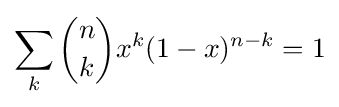
\sum _{k}{n \choose k}x^{k}(1-x)^{n-k}=1